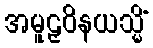
အမူဠှဝိနယသ္မိံ